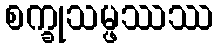
စက္ခုသမ္ဖဿဿ